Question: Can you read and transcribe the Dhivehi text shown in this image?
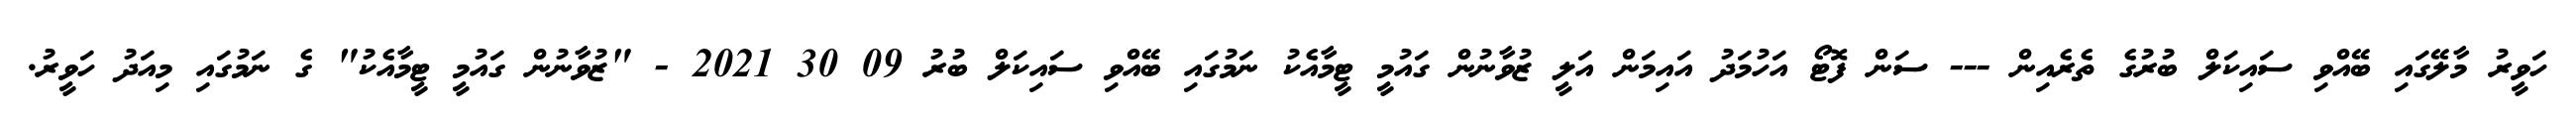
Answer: ހަވީރު މާލޭގައި ބޭއްވި ސައިކަލް ބުރުގެ ތެރެއިން --- ސަން ފޮޓޯ އަހުމަދު އައިމަން އަލީ ޒުވާނުން ގައުމީ ޓީމާއެކު ނަމުގައި ބޭއްވި ސައިކަލް ބުރު 09 30 2021 - "ޒުވާނުން ގައުމީ ޓީމާއެކު" ގެ ނަމުގައި މިއަދު ހަވީރު.